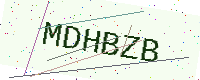
Text: MDHBZB